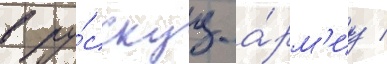
в ру́сскуу а́рм'иу /